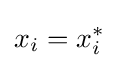
x_{i}=x_{i}^{*}